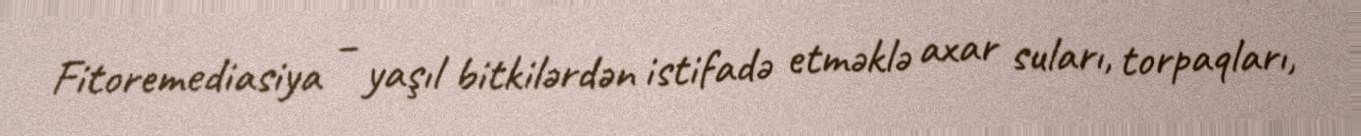
Fitoremediasiya – yaşıl bitkilərdən istifadə etməklə axar suları, torpaqları,